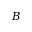
B